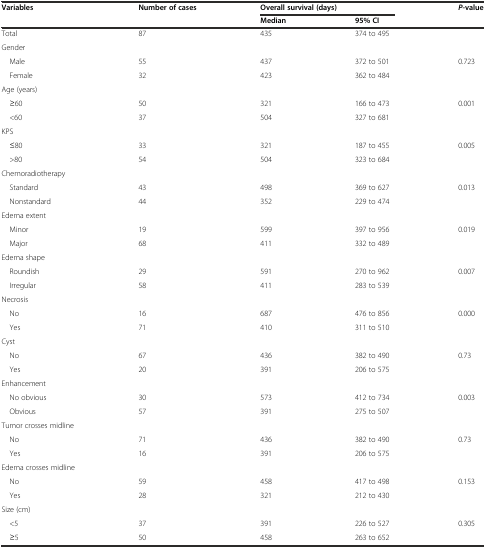
| Variables | Number of cases | <COLSPAN=2> Overall survival (days) | <ROWSPAN=2> P-value |
 |  |  | Median | 95% CI |
 | --- | --- | --- | --- | --- |
 | Total | 87 | 435 | 374 to 495 |  |
 | Gender |  |  |  |  |
 | Male | 55 | 437 | 372 to 501 | 0.723 |
 | Female | 32 | 423 | 362 to 484 |  |
 | Age (years) |  |  |  |  |
 | ≥60 | 50 | 321 | 166 to 473 | 0.001 |
 | <60 | 37 | 504 | 327 to 681 |  |
 | KPS |  |  |  |  |
 | ≤80 | 33 | 321 | 187 to 455 | 0.005 |
 | >80 | 54 | 504 | 323 to 684 |  |
 | Chemoradiotherapy |  |  |  |  |
 | Standard | 43 | 498 | 369 to 627 | 0.013 |
 | Nonstandard | 44 | 352 | 229 to 474 |  |
 | Edema extent |  |  |  |  |
 | Minor | 19 | 599 | 397 to 956 | 0.019 |
 | Major | 68 | 411 | 332 to 489 |  |
 | Edema shape |  |  |  |  |
 | Roundish | 29 | 591 | 270 to 962 | 0.007 |
 | Irregular | 58 | 411 | 283 to 539 |  |
 | Necrosis |  |  |  |  |
 | No | 16 | 687 | 476 to 856 | 0.000 |
 | Yes | 71 | 410 | 311 to 510 |  |
 | Cyst |  |  |  |  |
 | No | 67 | 436 | 382 to 490 | 0.73 |
 | Yes | 20 | 391 | 206 to 575 |  |
 | Enhancement |  |  |  |  |
 | No obvious | 30 | 573 | 412 to 734 | 0.003 |
 | Obvious | 57 | 391 | 275 to 507 |  |
 | Tumor crosses midline |  |  |  |  |
 | No | 71 | 436 | 382 to 490 | 0.73 |
 | Yes | 16 | 391 | 206 to 575 |  |
 | Edema crosses midline |  |  |  |  |
 | No | 59 | 458 | 417 to 498 | 0.153 |
 | Yes | 28 | 321 | 212 to 430 |  |
 | Size (cm) |  |  |  |  |
 | <5 | 37 | 391 | 226 to 527 | 0.305 |
 | ≥5 | 50 | 458 | 263 to 652 |  |